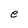
Character: e